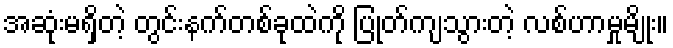
အဆုံးမရှိတဲ့ တွင်းနက်တစ်ခုထဲကို ပြုတ်ကျသွားတဲ့ လစ်ဟာမှုမျိုး။